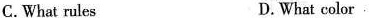
C.What rules D.What color.